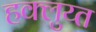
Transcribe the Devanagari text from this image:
हक्लुय्त